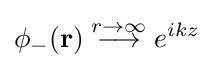
\phi _{-}(\mathbf {r} )\;{\stackrel {r\to \infty }{\longrightarrow }}\;e^{ikz}